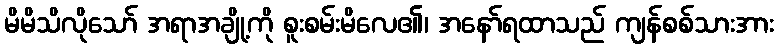
မိမိသိလိုသော် အရာအချို့ကို စူးစမ်းမိလေ၏၊ အနော်ရထာသည် ကျန်စစ်သားအား